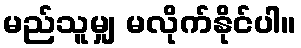
မည်သူမျှ မလိုက်နိုင်ပါ။